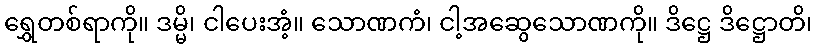
ရွှေတစ်ရာကို။ ဒမ္မိ၊ ငါပေးအံ့။ သောဏကံ၊ ငါ့အဆွေသောဏကို။ ဒိဋ္ဌေ ဒိဋ္ဌောတိ၊